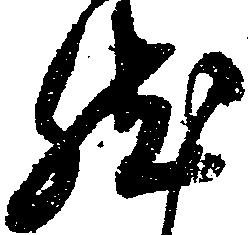
然